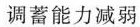
调蓄能力减弱